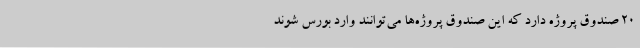
20 صندوق پروژه دارد که این صندوق پروژه‌ها می‌توانند وارد بورس شوند